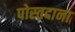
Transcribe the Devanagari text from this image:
पोस्तदाना